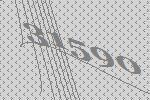
31590